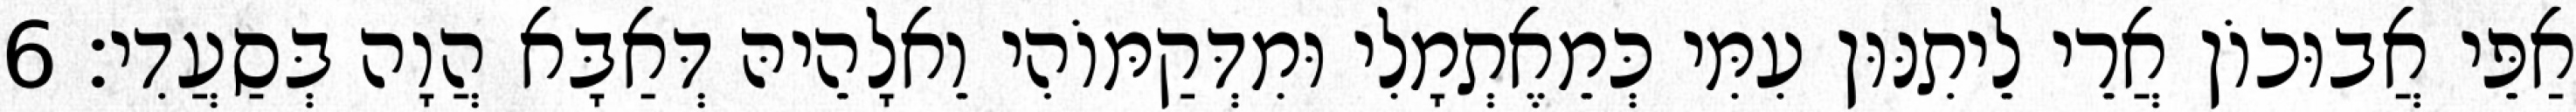
אַפֵּי אֲבוּכוֹן אֲרֵי לֵיתִנּוּן עִמִּי כְּמֵאֶתְמָלִי וּמִדְּקַמּוֹהִי וֵאלָהֵיהּ דְּאַבָּא הֲוָה בְּסַעֲדִי׃ 6